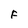
Character: F